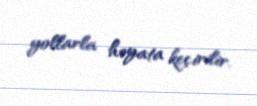
yollarla həyata keçirilir.